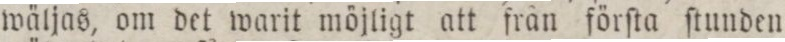
wäljas, om det warit möjligt att från förſta ſtunden